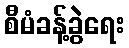
စီမံခန့်ခွဲရေး